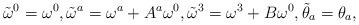
LaTeX: \begin{gather*}\tilde\omega^0=\omega^0,\tilde\omega^a= \omega^a+A^a\omega^0,\tilde\omega^3= \omega^3+ B\omega^0,\tilde\theta_a=\theta_a,\end{gather*}